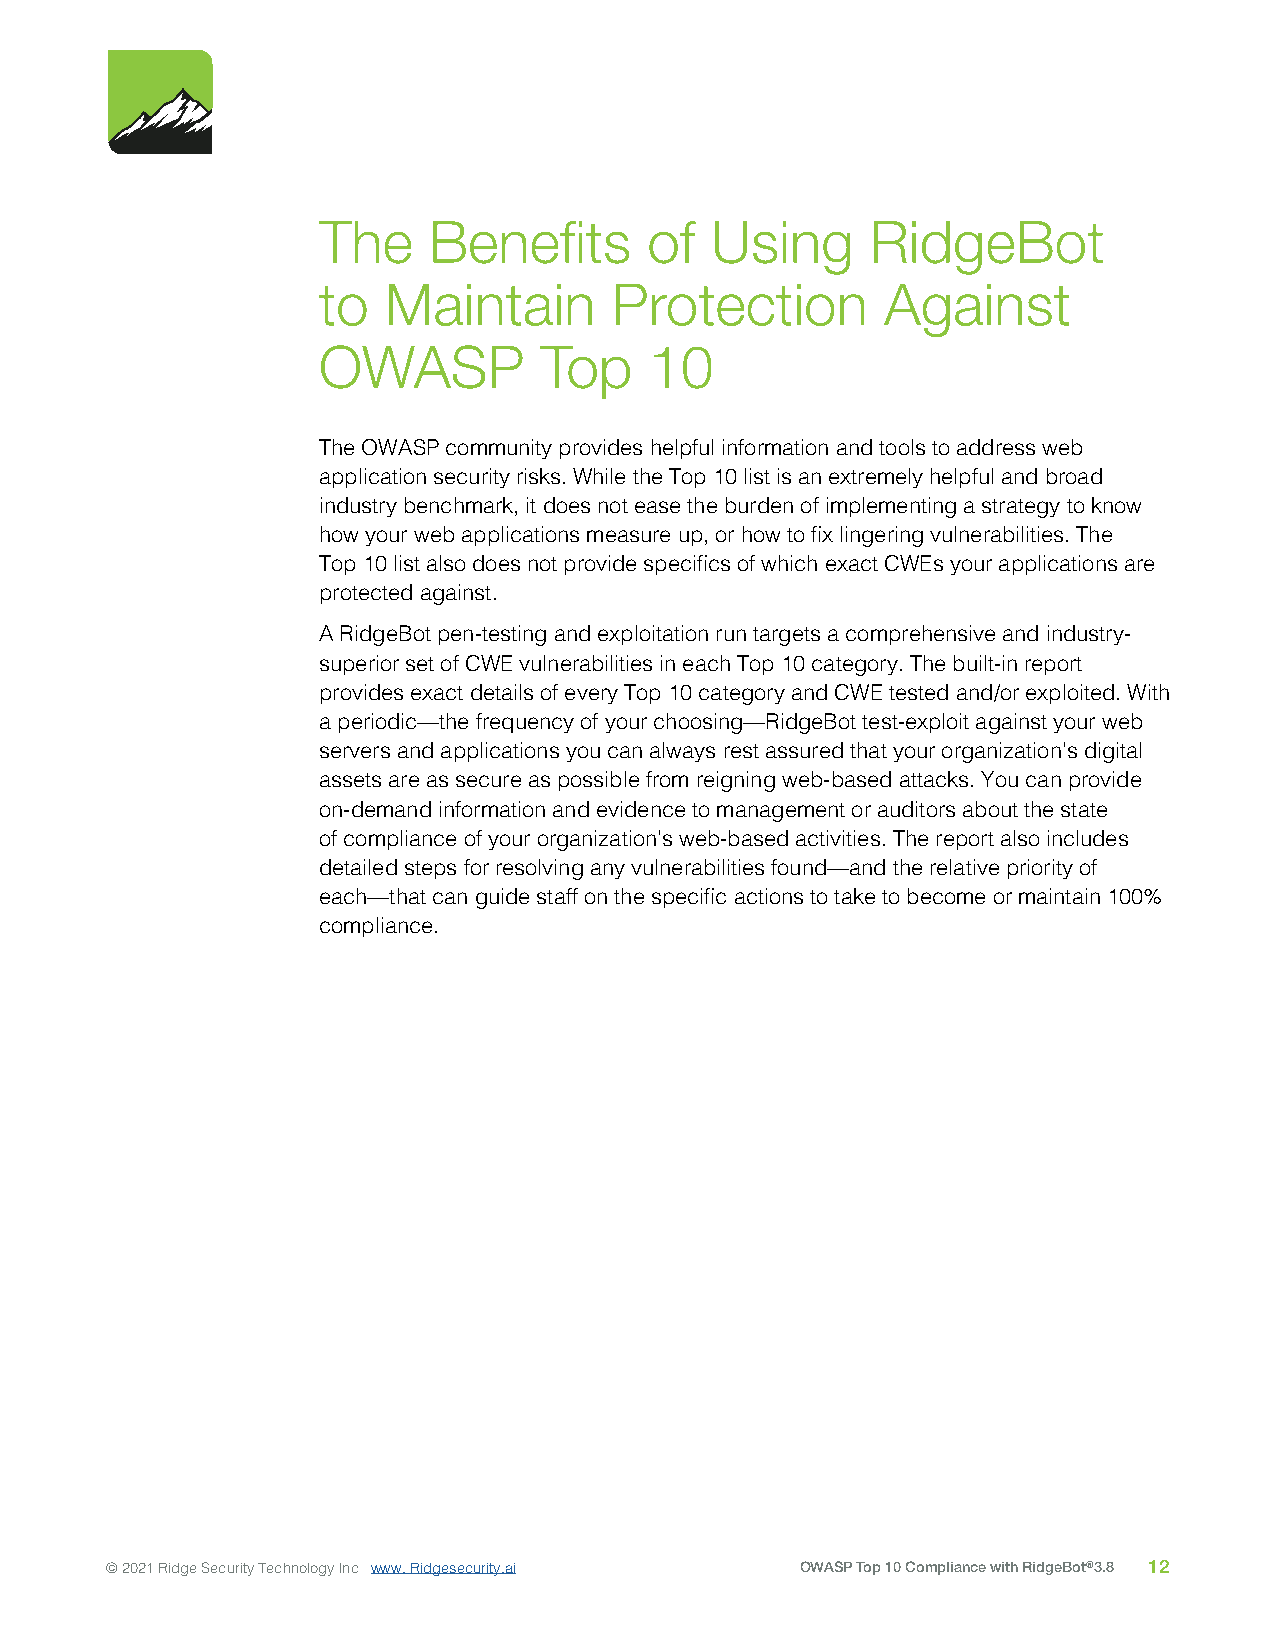
The    Benefits       of  Using      RidgeBot
 to  Maintain       Protection         Against
 OWASP          Top    10
 The OWASP community provides helpful information and tools to address web
 application security risks. While the Top 10 list is an extremely helpful and broad
 industry benchmark, it does not ease the burden of implementing a strategy to know
 how your web applications measure up, or how to fix lingering vulnerabilities. The
 Top 10 list also does not provide specifics of which exact CWEs your applications are
 protected against.
 A RidgeBot pen-testing and exploitation run targets a comprehensive and industry-
 superior set of CWE vulnerabilities in each Top 10 category. The built-in report
 provides exact details of every Top 10 category and CWE tested and/or exploited. With
 a periodic—the frequency of your choosing—RidgeBot test-exploit against your web
 servers and applications you can always rest assured that your organization’s digital
 assets are as secure as possible from reigning web-based attacks. You can provide
 on-demand information and evidence to management or auditors about the state
 of compliance of your organization’s web-based activities. The report also includes
 detailed steps for resolving any vulnerabilities found—and the relative priority of
 each—that can guide staff on the specific actions to take to become or maintain 100%
 compliance.
 © 2021 Ridge Security Technology Inc www. Ridgesecurity.ai OWASP Top 10 Compliance with RidgeBot®3.8 12